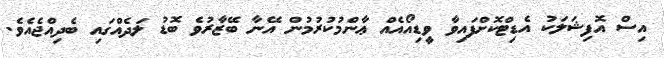
އިސް އޮފިޝަލަކު އެޑިޓްކޮށްފައިވާ ވީޑިއޯއެއް ޢާންމުކުރުމުން އޭނާ ބޭޒާރުވެ ބޮޑު ލަދެއްގައި ބެދިއްޖެއެވެ.